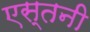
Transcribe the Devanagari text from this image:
एस्तनी